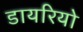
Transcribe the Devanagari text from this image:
डायरियो